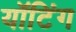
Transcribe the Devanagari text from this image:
यॉटिंग